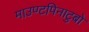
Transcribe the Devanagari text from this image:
माउण्टपिनाटुबो